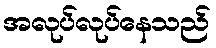
အလုပ်လုပ်နေသည်